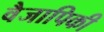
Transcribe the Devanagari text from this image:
वैजापिकी